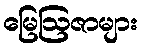
မြေဩဇာများ